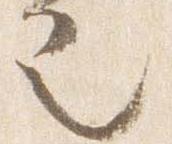
也